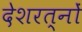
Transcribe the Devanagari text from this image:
देशरत्नों